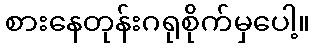
စားနေတုန်းဂရုစိုက်မှပေါ့။